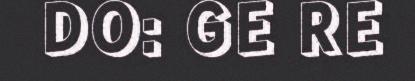
DO: GE RE